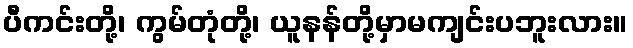
ပီကင်းတို့၊ ကွမ်တုံတို့၊ ယူနန်တို့မှာမကျင်းပဘူးလား။